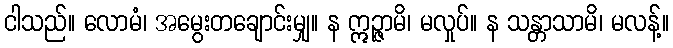
ငါသည်။ လောမံ၊ အမွေးတချောင်းမျှ။ န ဣဉ္ဇာမိ၊ မလှုပ်။ န သန္တာသာမိ၊ မလန့်။